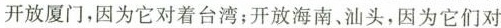
开放厦门，因为它对着台湾；开放海南、汕头，因为它们对